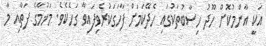
އަކީ އާންމުކޮށް ހޫދު ހިސާބުތަކުގައި ހެދޭކަމަށް ފާހަގަކުރެވިފައިވާ ގަހެކެވެ. މަޚުމާގެ ފަތާއި މާ